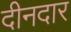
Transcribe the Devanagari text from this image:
दीनदार